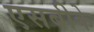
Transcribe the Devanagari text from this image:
एसबीके